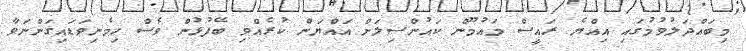
މިބައްދަލުވުމުގައި އިއްޔެ ރައީސް މައުމޫން ކައުންސިލަށް އައްޔަން ކުރެއްވި ބޭފުޅުން ވެސް ހިމެނިވަޑައިގަންނަވާ